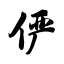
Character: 俨